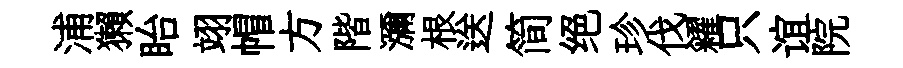
浦獺眙翊帽方階瀰根送简绝珍伐糴只谊院